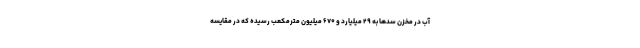
آب در مخزن سدها به ۲۹ میلیارد و ۶۷۰ میلیون مترمکعب رسیده که در مقایسه